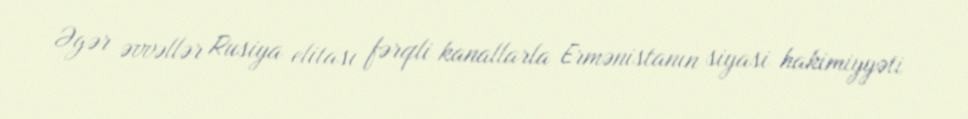
Əgər əvvəllər Rusiya elitası fərqli kanallarla Ermənistanın siyasi hakimiyyəti